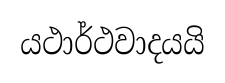
යථාර්ථවාදයයි